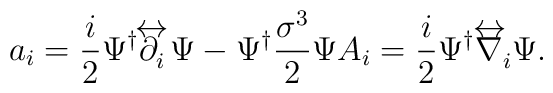
a_i=\frac{i}{2}\Psi^\dagger\partial^{\hspace{-2.9mm}\raisebox{1.2mm}{$\leftrightarrow$}}_i\Psi -     \Psi^\dagger\frac{\sigma^3}{2}\Psi A_i = \frac{i}{2}\Psi^\dagger\nabla^{\hspace{-3.8mm}\raisebox{1.2mm}{$\leftrightarrow$}}_i\Psi.